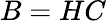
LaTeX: B=HC